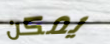
يمكن